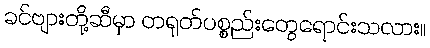
ခင်ဗျားတို့ဆီမှာ တရုတ်ပစ္စည်းတွေရောင်းသလား။